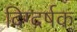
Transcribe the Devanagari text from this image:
दिग्दर्षक